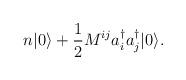
LaTeX: \begin{align*}n|0\rangle+\frac{1}{2}M^{ij}a^{\dagger}_{i}a^{\dagger}_{j}|0\rangle.\end{align*}